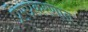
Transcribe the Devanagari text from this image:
प्रेमप्रकरणात